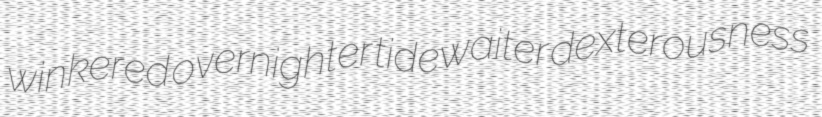
winkered overnighter tidewaiter dexterousness